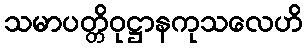
သမာပတ္တိဝုဋ္ဌာနကုသလေဟိ